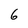
Character: 6